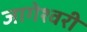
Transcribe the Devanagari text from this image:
जागेश्वरी